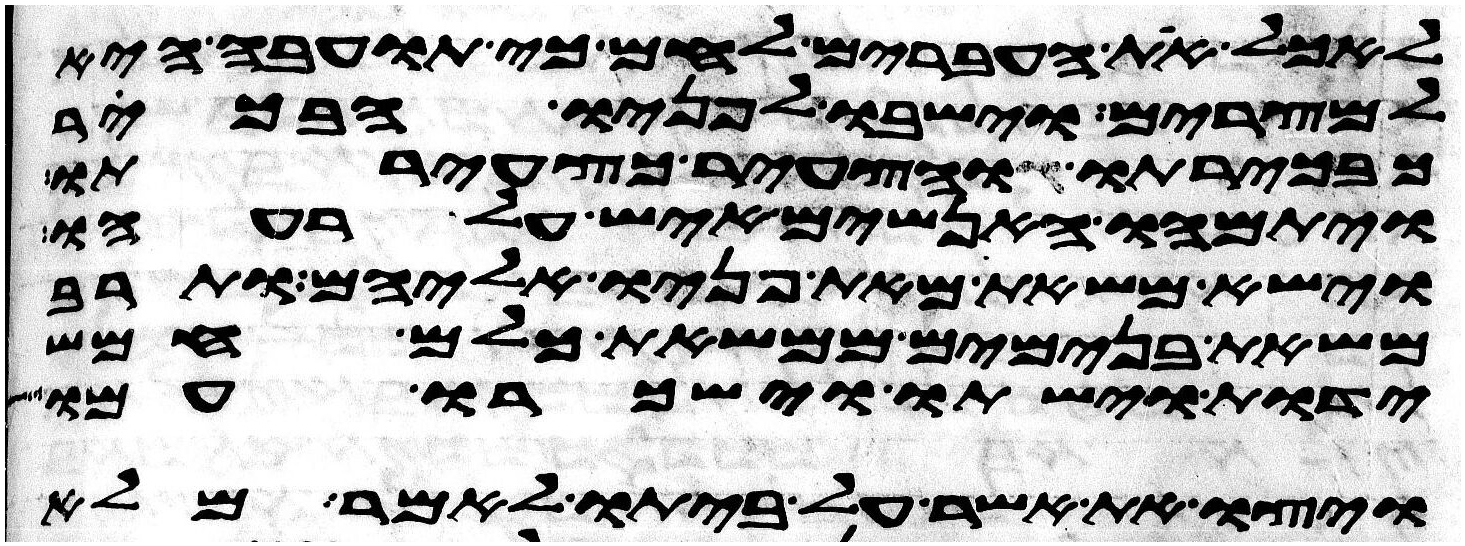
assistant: לאכל את העברים לחם כי תועבה היא
למצרים וישבו לפניו הבכור
כבכירתו והצעיר כצעירתו
ויתמהו האנשים איש על רעהו
וישא משאת מאת פניו אליהם ותרב
משאת בנימים ממשאת כלם חמש
ידות וישתו וישכרו עמו
ויצו את אשר על ביתו לאמר מלא